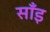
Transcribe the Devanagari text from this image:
साँइ